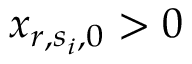
x _ { r , s _ { i } , 0 } > 0